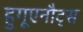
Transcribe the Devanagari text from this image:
हुगूएनौट्स